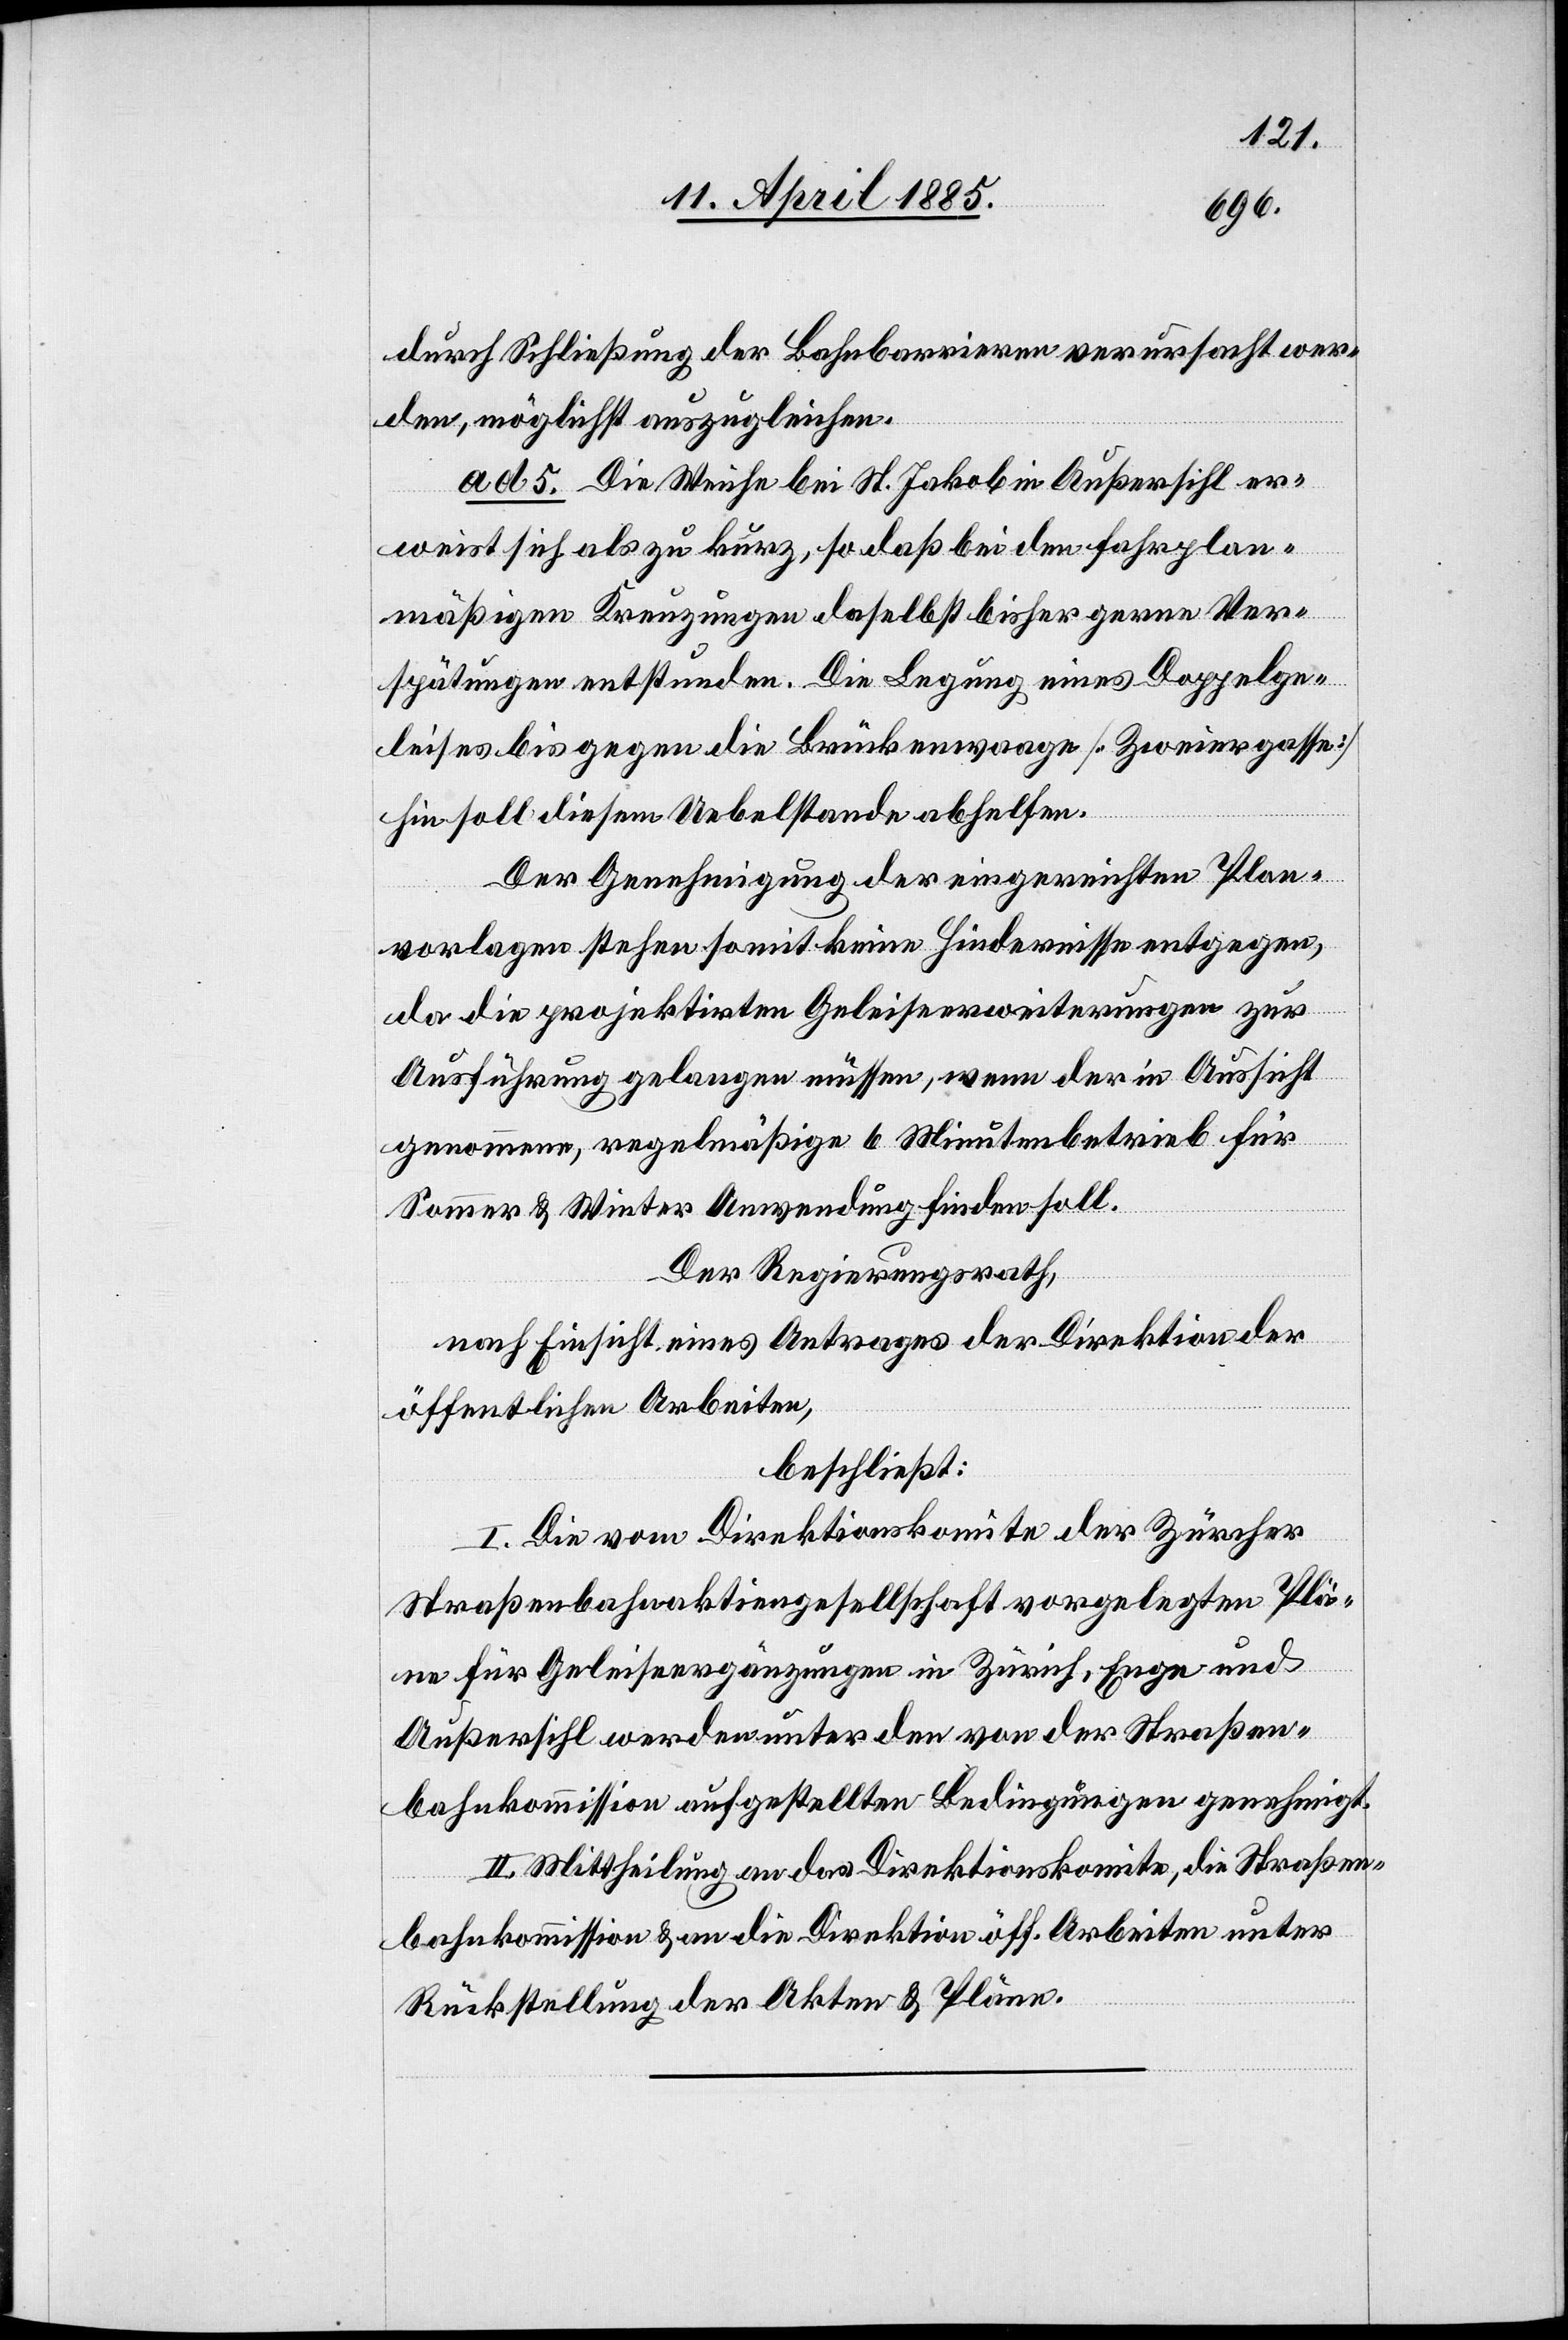
durch Schließung der Bahnbarrieren verursacht wer¬
den, möglichst auszugleichen.
ad 5. Die Weiche bei St. Jakob in Außersihl er¬
weist sich als zu kurz, so daß bei den fahrplan¬
mäßigen Kreuzungen daselbst bisher gerne Ver¬
spätungen enstunden. Die Legung eines Doppelge¬
leises bis gegen die Brückenwaage [Zweiergasse]
hin soll diesem Uebelstande abhelfen.
Der Genehmigung der eingereichten Plan¬
vorlagen stehen somit keine Hindernisse entgegen,
da die projektirten Geleiseerweiterungen zur
Ausführung gelangen müssen, wenn der in Aussicht
genommene, regelmäßige 6 Minutenbetrieb für
Sommer & Winter Anwendung finden soll.
Der Regierungsrath,
nach Einsicht eines Antrages der Direktion der
öffentlichen Arbeiten
beschließt:
I. Die vom Direktionskomite der Zürcher
Straßenbahnaktiengesellschaft vorgelegten Plä¬
ne für Geleiseergänzungen in Zürich, Enge und
Außersihl werden unter den von der Straßen¬
bahnkommission aufgestellten Bedingungen genehmigt.
II. Mittheilung an das Direktionskomite, die Straßen¬
bahnkommission & an die Direktion öff. Arbeiten unter
Rückstellung der Akten & Pläne.